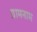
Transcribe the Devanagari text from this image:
ग्रामनाम